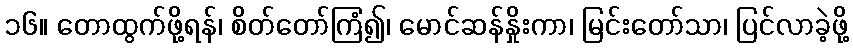
၁၆။ တောထွက်ဖို့ရန်၊ စိတ်တော်ကြံ၍၊ မောင်ဆန်နှိုးကာ၊ မြင်းတော်သာ၊ ပြင်လာခဲ့ဖို့